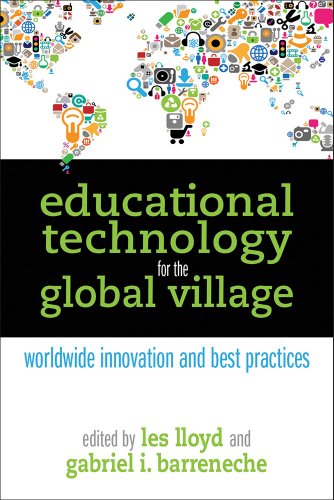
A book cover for Educational Technology for the Global Village: Worldwide Innovation and Best Practices; Les Lloyd; Business & Money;